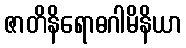
ဇာတိနိရောဓဂါမိနိယာ